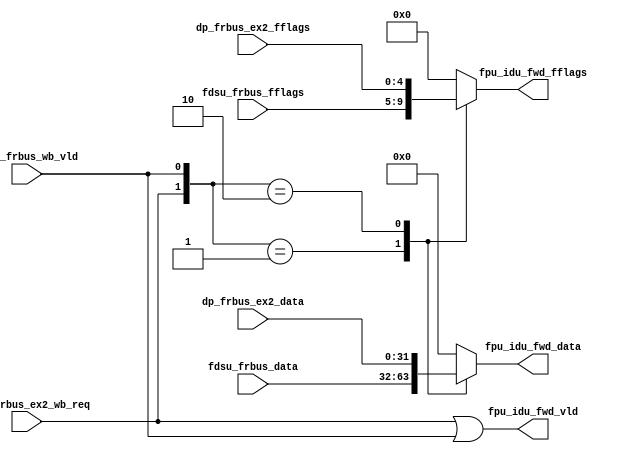
module pa_fpu_frbus(
  ctrl_frbus_ex2_wb_req,
  dp_frbus_ex2_data,
  dp_frbus_ex2_fflags,
  fdsu_frbus_data,
  fdsu_frbus_fflags,
  fdsu_frbus_wb_vld,
  fpu_idu_fwd_data,
  fpu_idu_fwd_fflags,
  fpu_idu_fwd_vld
);

input           ctrl_frbus_ex2_wb_req;
input   [31:0]  dp_frbus_ex2_data;        
input   [4 :0]  dp_frbus_ex2_fflags;
input   [31:0]  fdsu_frbus_data;          
input   [4 :0]  fdsu_frbus_fflags;
input           fdsu_frbus_wb_vld;
output  [31:0]  fpu_idu_fwd_data;
output  [4 :0]  fpu_idu_fwd_fflags;
output          fpu_idu_fwd_vld;

reg     [31:0]  frbus_wb_data;            
reg     [4 :0]  frbus_wb_fflags;

wire            ctrl_frbus_ex2_wb_req;
wire    [31:0]  fdsu_frbus_data;          
wire    [4 :0]  fdsu_frbus_fflags;
wire            fdsu_frbus_wb_vld;
wire    [31:0]  fpu_idu_fwd_data;
wire    [4 :0]  fpu_idu_fwd_fflags;
wire            fpu_idu_fwd_vld;
wire            frbus_ex2_wb_vld;
wire            frbus_fdsu_wb_vld;
wire            frbus_wb_vld;
wire    [3 :0]  frbus_source_vld;


//==========================================================
//                   Input Signal Rename
//==========================================================
assign frbus_fdsu_wb_vld = fdsu_frbus_wb_vld;
assign frbus_ex2_wb_vld  = ctrl_frbus_ex2_wb_req;
assign frbus_source_vld[3:0]     = {1'b0, 1'b0, frbus_ex2_wb_vld, frbus_fdsu_wb_vld};
assign frbus_wb_vld = frbus_ex2_wb_vld | frbus_fdsu_wb_vld;

always @( frbus_source_vld[3:0]
       or fdsu_frbus_data[31:0]
       or dp_frbus_ex2_data[31:0]
       or fdsu_frbus_fflags[4:0]
       or dp_frbus_ex2_fflags[4:0])
begin
  case(frbus_source_vld[3:0])
    4'b0001: begin // DIV
      frbus_wb_data[31:0] = fdsu_frbus_data[31:0];
      frbus_wb_fflags[4:0]    = fdsu_frbus_fflags[4:0];
    end
    4'b0010: begin // EX2
      frbus_wb_data[31:0] = dp_frbus_ex2_data[31:0];
      frbus_wb_fflags[4:0]    = dp_frbus_ex2_fflags[4:0];
    end
    default: begin
      frbus_wb_data[31:0] = {31{1'b0}};
      frbus_wb_fflags[4:0]    = 5'b0;
    end
  endcase
end

assign fpu_idu_fwd_vld            = frbus_wb_vld;
assign fpu_idu_fwd_fflags[4:0]    = frbus_wb_fflags[4:0];
assign fpu_idu_fwd_data[31:0] = frbus_wb_data[31:0];

endmodule